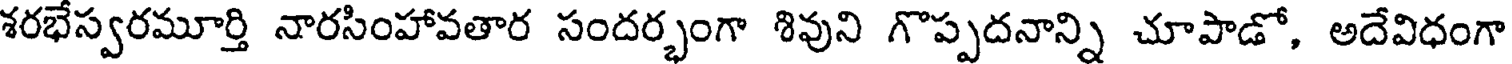
శరభేస్వరమూర్తి నారసింహావతార సందర్భంగా శివుని గొప్పదనాన్ని చూపాడో, అదేవిధంగా